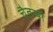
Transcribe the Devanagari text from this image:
चैतन्यी